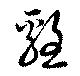
鶏